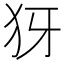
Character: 犽